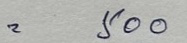
= 500